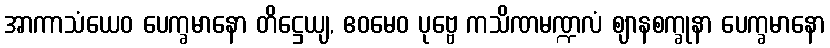
အာကာသံယေဝ ပေက္ခမာနော တိဋ္ဌေယျ, ဧဝမေဝ ပုဗ္ဗေ ကသိဏမဏ္ဍလံ ဈာနစက္ခုနာ ပေက္ခမာနော